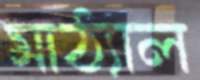
মাঠ্যাল